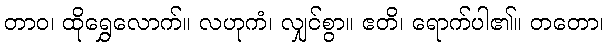
တာဝ၊ ထိုရွှေလောက်။ လဟုကံ၊ လျှင်စွာ။ ဧတိ၊ ရောက်ပါ၏။ တတော၊